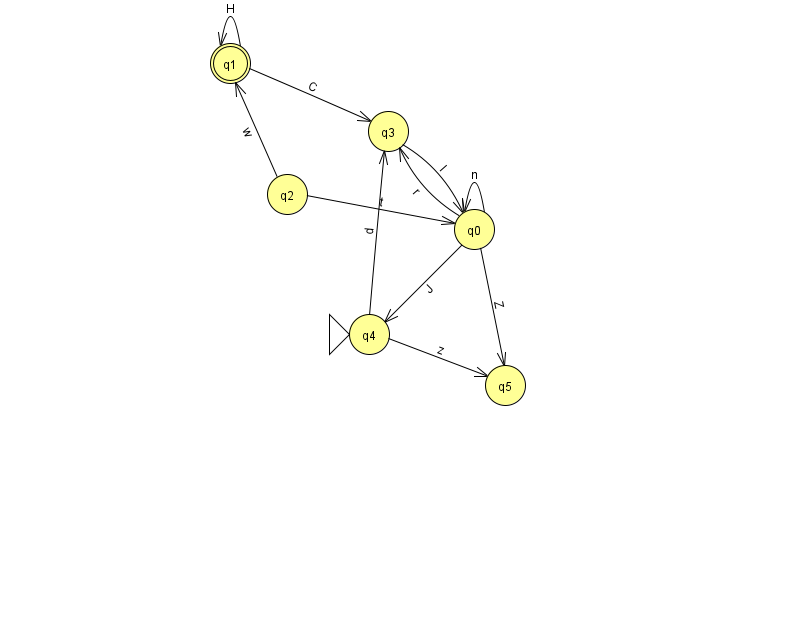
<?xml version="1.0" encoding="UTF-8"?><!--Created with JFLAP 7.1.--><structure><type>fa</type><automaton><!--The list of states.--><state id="0" name="q0"><x>474.0</x><y>216.0</y></state><state id="1" name="q1"><x>230.0</x><y>50.0</y><final/></state><state id="2" name="q2"><x>287.0</x><y>181.0</y></state><state id="3" name="q3"><x>388.0</x><y>118.0</y></state><state id="4" name="q4"><x>369.0</x><y>321.0</y><initial/></state><state id="5" name="q5"><x>505.0</x><y>372.0</y></state><!--The list of transitions.--><transition><from>3</from><to>0</to><read>l</read></transition><transition><from>2</from><to>1</to><read>w</read></transition><transition><from>0</from><to>4</to><read>J</read></transition><transition><from>2</from><to>0</to><read>t</read></transition><transition><from>0</from><to>5</to><read>Z</read></transition><transition><from>4</from><to>3</to><read>d</read></transition><transition><from>1</from><to>1</to><read>H</read></transition><transition><from>1</from><to>3</to><read>C</read></transition><transition><from>4</from><to>5</to><read>z</read></transition><transition><from>0</from><to>0</to><read>n</read></transition><transition><from>0</from><to>3</to><read>r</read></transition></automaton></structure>